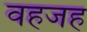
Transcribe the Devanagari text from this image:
वहजह